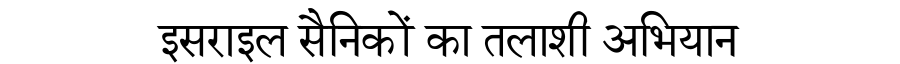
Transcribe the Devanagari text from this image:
इसराइल सैनिकों का तलाशी अभियान